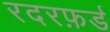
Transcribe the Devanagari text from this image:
रदरफ़र्ड